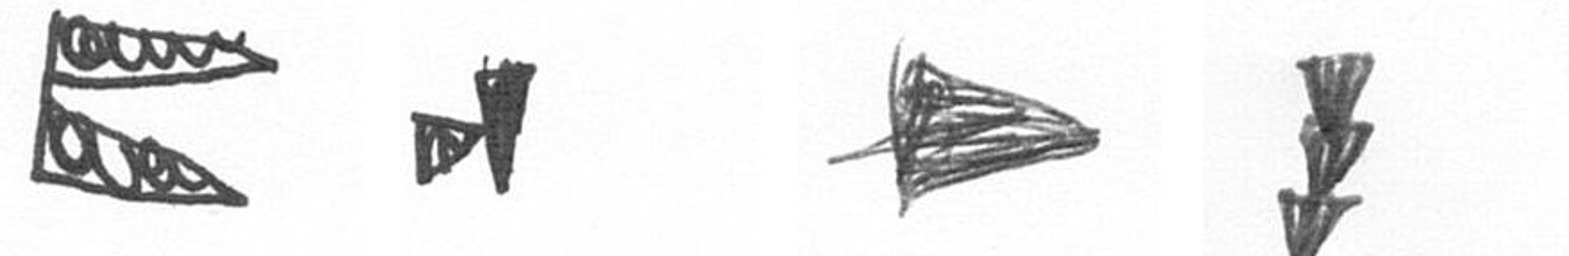
P M T E